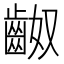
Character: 𪗵